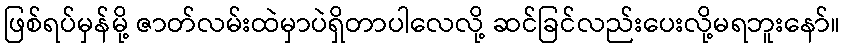
ဖြစ်ရပ်မှန်မို့ ဇာတ်လမ်းထဲမှာပဲရှိတာပါလေလို့ ဆင်ခြင်လည်းပေးလို့မရဘူးနော်။